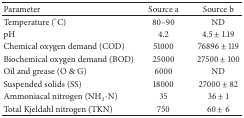
<table><thead><tr><td><b>Parameter</b></td><td><b>Source a</b></td><td><b>Source b</b></td></tr></thead><tbody><tr><td>Temperature (°C)</td><td>80–90</td><td>ND</td></tr><tr><td>pH</td><td>4.2</td><td>4.5 ± 1.19</td></tr><tr><td>Chemical oxygen demand (COD)</td><td>51000</td><td>76896 ± 119</td></tr><tr><td>Biochemical oxygen demand (BOD)</td><td>25000</td><td>27500 ± 100</td></tr><tr><td>Oil and grease (O &amp; G)</td><td>6000</td><td>ND</td></tr><tr><td>Suspended solids (SS)</td><td>18000</td><td>27000 ± 82</td></tr><tr><td>Ammoniacal nitrogen (NH<sub>3</sub>-N)</td><td>35</td><td>36 ± 1</td></tr><tr><td>Total Kjeldahl nitrogen (TKN)</td><td>750</td><td>60 ± 6</td></tr></tbody></table>